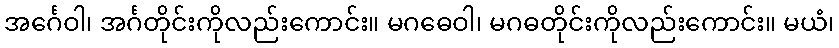
အင်္ဂေဝါ၊ အင်္ဂတိုင်းကိုလည်းကောင်း။ မဂဓေဝါ၊ မဂဓတိုင်းကိုလည်းကောင်း။ မယံ၊